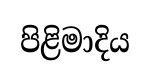
පිළිමාදිය